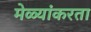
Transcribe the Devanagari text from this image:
मेळ्यांकरता